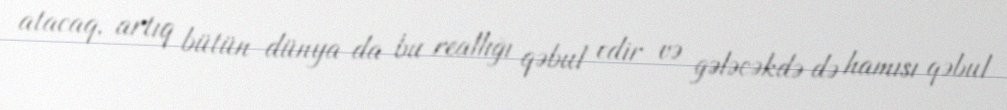
atacaq, artıq bütün dünya da bu reallığı qəbul edir və gələcəkdə də hamısı qəbul